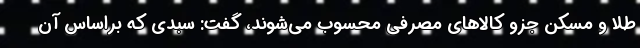
طلا و مسکن جزو کالاهای مصرفی محسوب می‌شوند، گفت: سبدی که براساس آن